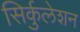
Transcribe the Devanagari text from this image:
सिर्कुलेशन